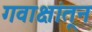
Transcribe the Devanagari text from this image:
गवाक्षांतून